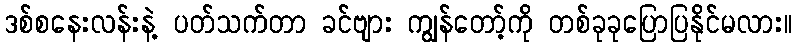
ဒစ်စနေးလန်းနဲ့ ပတ်သက်တာ ခင်ဗျား ကျွန်တော့်ကို တစ်ခုခုပြောပြနိုင်မလား။